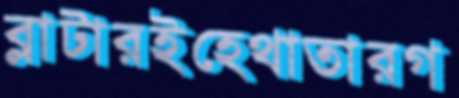
ব্লাটারইহেথাতারগ